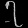
Digit: ၇